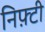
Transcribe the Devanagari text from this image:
निफ़्टी